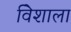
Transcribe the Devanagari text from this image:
विेशाला